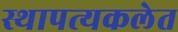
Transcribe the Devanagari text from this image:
स्थापत्यकलेत